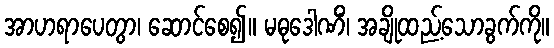
အာဟရာပေတွာ၊ ဆောင်စေ၍။ မဓုဒေါဏိံ၊ အချိုထည့်သောခွက်ကို။